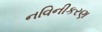
નવિનીકરણ